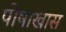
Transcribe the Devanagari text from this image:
पोषाखास